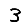
Digit: 3